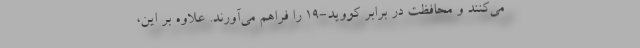
می‌کنند و محافظت در برابر کووید-۱۹ را فراهم می‌آورند. علاوه بر این،